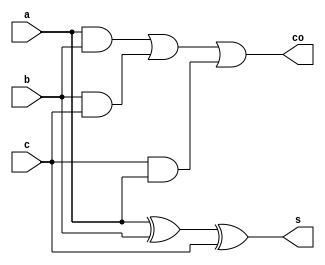
`timescale 1ns / 1ps
//////////////////////////////////////////////////////////////////////////////////
// Company: 
// Engineer: 
// 
// Design Name: 
// Module Name: BCD_ADDER
// Project Name: 
// Target Devices: 
// Tool Versions: 
// Description: 
// 
// Dependencies: 
// 
// Revision:
// Revision 0.01 - File Created
// Additional Comments:
// 
//////////////////////////////////////////////////////////////////////////////////


module full_adder(a,b,c,s,co);
input a,b,c;
output s,co;
assign s=a^b^c;
assign co=(a&b)|(b&c)|(c&a);
endmodule


module four_bit_adder(x,y,cin,sum,cout);
input [3:0] x,y;
input cin;
output [3:0] sum;
output cout;
wire c0,c1,c2;

full_adder fa0(.a(x[0]),.b(y[0]),.c(cin),.s(sum[0]),.co(c0));
full_adder fa1(.a(x[1]),.b(y[1]),.c(c0),.s(sum[1]),.co(c1));
full_adder fa2(.a(x[2]),.b(y[2]),.c(c1),.s(sum[2]),.co(c2));
full_adder fa3(.a(x[3]),.b(y[3]),.c(c2),.s(sum[3]),.co(cout));
endmodule
module BCD_adder(S, C, A, B, C0);
input [3:0] A, B;
input C0;
output [3:0] S;
output C;
wire C1, C2, C3, C4, C5;
wire [3:0]X, Z;
and (C1, Z[3], Z[2]);
and (C2, Z[3], Z[1]);
or (C, C3, C1,C2);
xor (C5, C, C);
assign X[2] = C;
assign X[1] = C;
assign X[3] = C5;
assign X[0] = C5;
//four bit adder body from instance of full_adder
four_bit_adder F_1 ( A, B, C0,Z,C3);
four_bit_adder F_2 (X, Z, C0,S,C4);
endmodule